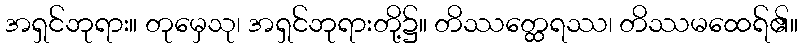
အရှင်ဘုရား။ တုမှေသု၊ အရှင်ဘုရားတို့၌။ တိဿတ္ထေရဿ၊ တိဿမထေရ်၏။